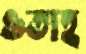
ওতাহ